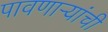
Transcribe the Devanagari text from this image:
पावणार्‍यांची